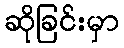
ဆိုခြင်းမှာ